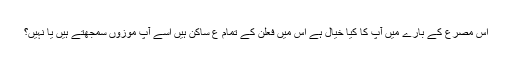
اس مصرع کے بارے میں آپ کا کیا خیال ہے اس میں فعلن کے تمام ع ساکن ہیں اسے آپ موزوں سمجھتے ہیں یا نہیں؟